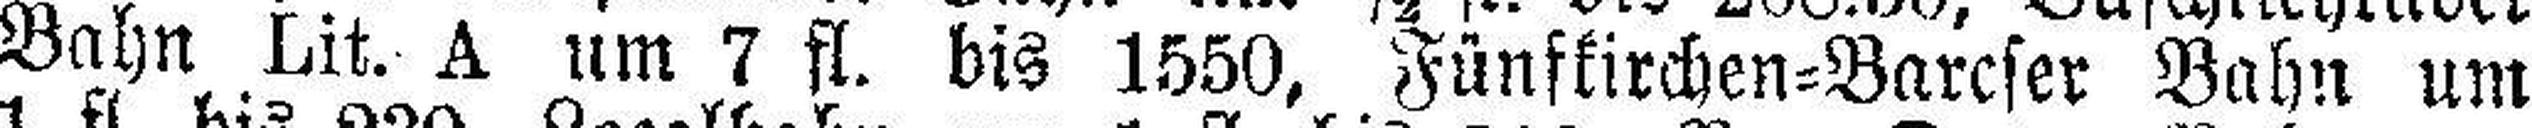
Bahn Lit. A um 7 fl. bis 1550, Fünfkirchen=Barcser Bahn um